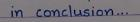
in conclusion...